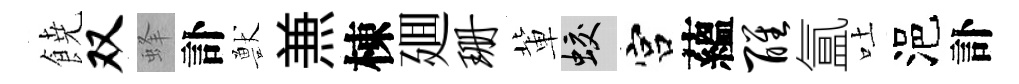
𩜙双蜂訃獸𠔥棟廽珊軰蛟宫蘊醒氲吐浥訃